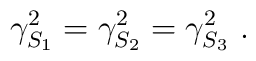
\gamma_{S_1}^2=\gamma_{S_2}^2=\gamma_{S_3}^2~.